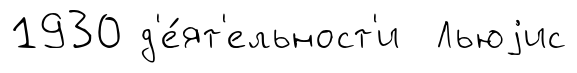
1930 д'е́ят'ельност'и Льюjис